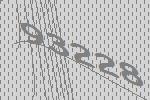
93228